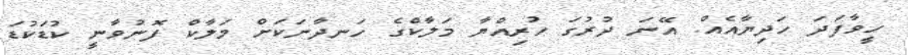
ހީވާފަދަ ހަދިޔާއެއް. އޭނަ ދުރުގަ ހުރިއްޔާ މަލާކްގެ ހަނދާނަކަށް މަލާކް ފޮނުވާނީ ކުޑަކުޑަ